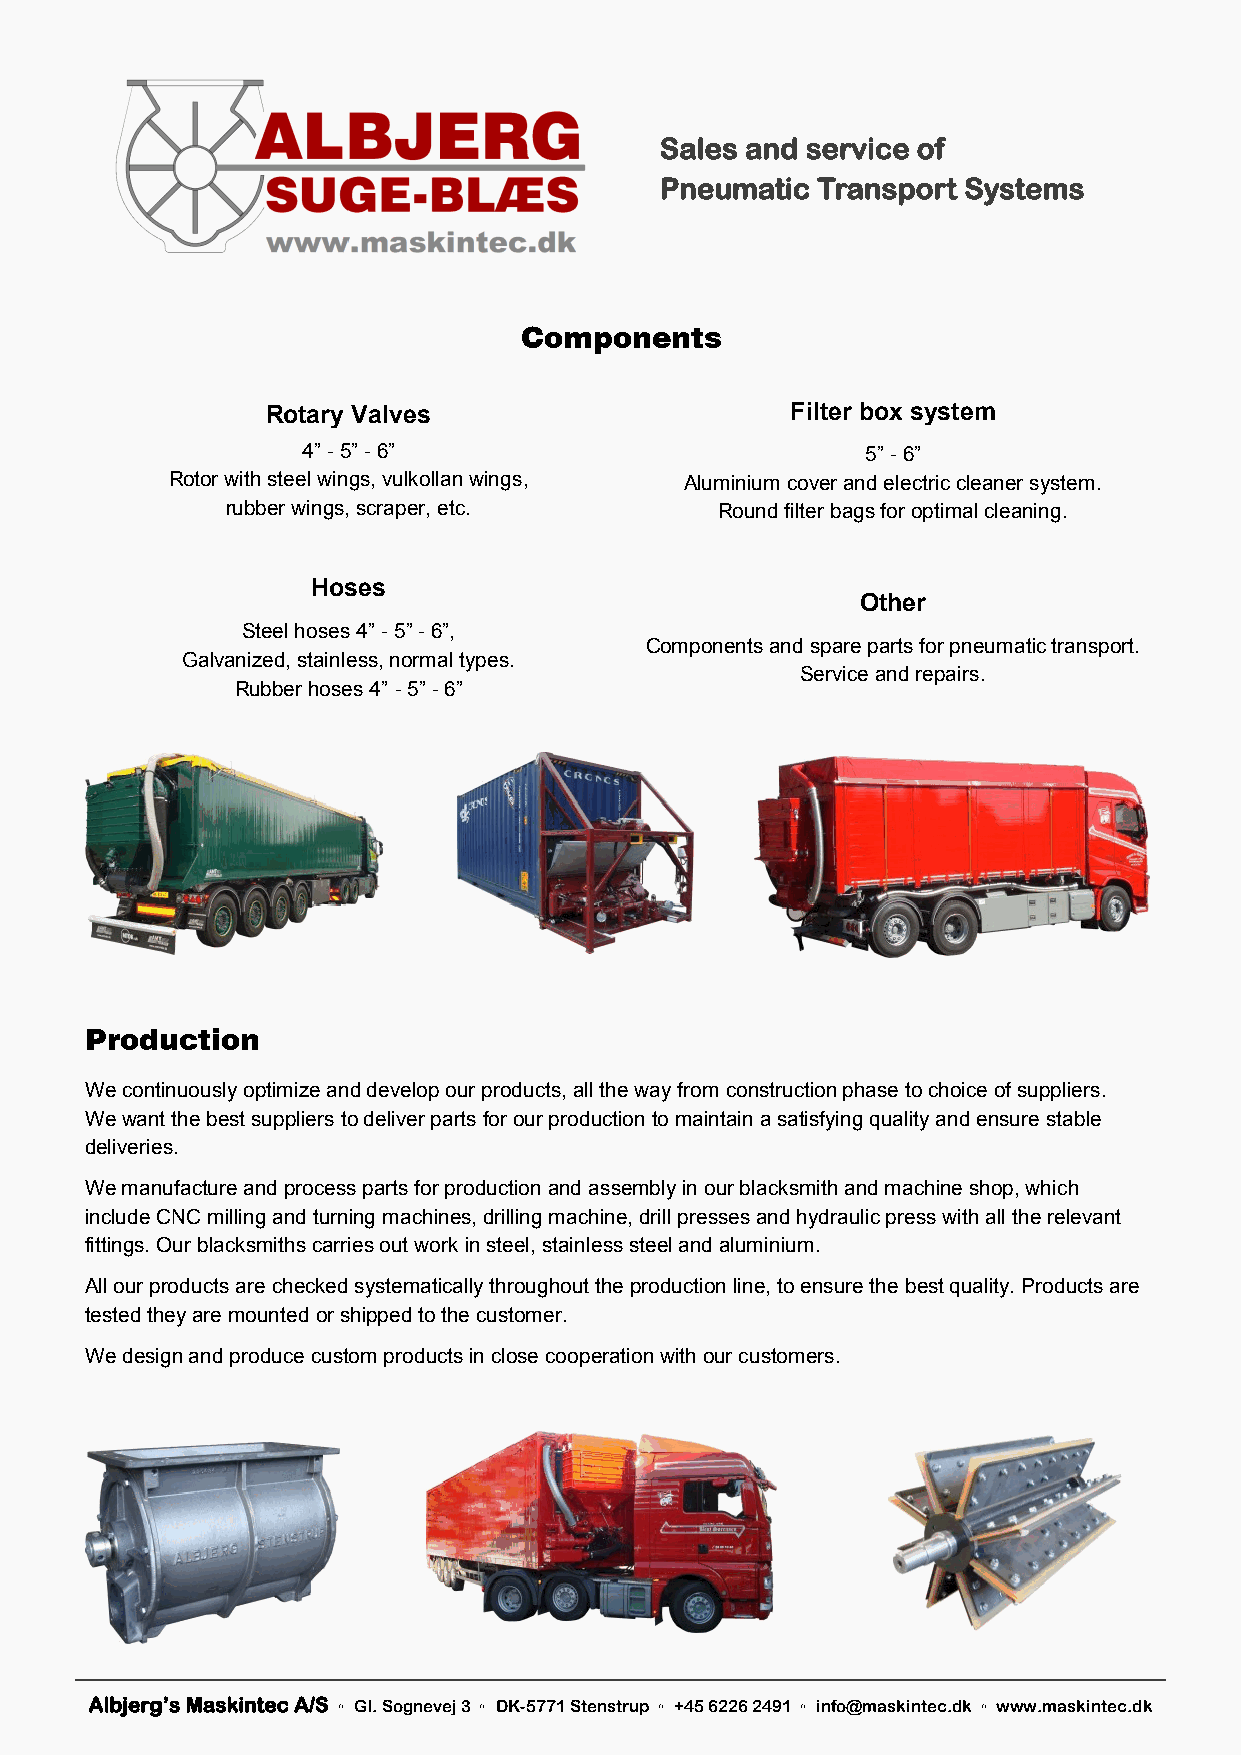
Sales and service of
 Pneumatic Transport Systems
 Components
 Rotary Valves                     Filter box system
 4” - 5” - 6”                         5” - 6”
 Rotor with steel wings, vulkollan wings, Aluminium cover and electric cleaner system.
 rubber wings, scraper, etc.      Round filter bags for optimal cleaning.
 Hoses
 Other
 Steel hoses 4” - 5” - 6”,
 Components and spare parts for pneumatic transport.
 Galvanized, stainless, normal types.
 Service and repairs.
 Rubber hoses 4” - 5” - 6”
 Production
 We continuously optimize and develop our products, all the way from construction phase to choice of suppliers.
 We want the best suppliers to deliver parts for our production to maintain a satisfying quality and ensure stable
 deliveries.
 We manufacture and process parts for production and assembly in our blacksmith and machine shop, which
 include CNC milling and turning machines, drilling machine, drill presses and hydraulic press with all the relevant
 fittings. Our blacksmiths carries out work in steel, stainless steel and aluminium.
 All our products are checked systematically throughout the production line, to ensure the best quality. Products are
 tested they are mounted or shipped to the customer.
 We design and produce custom products in close cooperation with our customers.
 Albjerg’s Maskintec A/S ◦ Gl. Sognevej 3 ◦ DK-5771 Stenstrup ◦ +45 6226 2491 ◦ info@maskintec.dk ◦ www.maskintec.dk